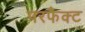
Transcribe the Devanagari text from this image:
परफैक्ट